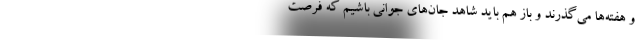
و هفته‌ها می‌گذرند و باز هم باید شاهد جان‌های جوانی باشیم که فرصت